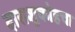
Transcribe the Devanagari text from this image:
दाराशुकोहचा